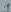
Text: 1